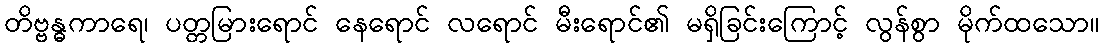
တိဗ္ဗန္ဓကာရေ၊ ပတ္တမြားရောင် နေရောင် လရောင် မီးရောင်၏ မရှိခြင်းကြောင့် လွန်စွာ မိုက်ထသော။